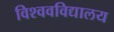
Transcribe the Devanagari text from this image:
विश्‍ववविद्यालय